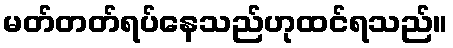
မတ်တတ်ရပ်နေသည်ဟုထင်ရသည်။